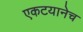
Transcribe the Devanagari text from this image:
एकटयानेच